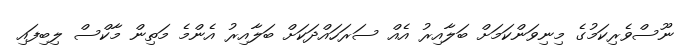
ނޫސްވެރިކަމުގެ މިނިވަންކަމަށް ބަލާއިރު އެއް ސަރަހައްދަކަށް ބަލާއިރު އެންމެ މަތިން މާކްސް ލިބިފައި